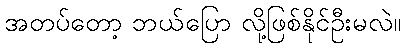
အတပ်တော့ ဘယ်ပြော လို့ဖြစ်နိုင်ဦးမလဲ။